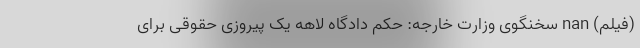
(فیلم) nan سخنگوی وزارت خارجه: حکم دادگاه لاهه یک پیروزی حقوقی برای